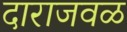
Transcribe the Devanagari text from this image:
दाराजवळ